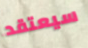
سيعتقد